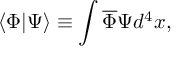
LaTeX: \langle \Phi | \Psi \rangle \equiv \int \overline { { { \Phi } } } \Psi d ^ { 4 } x ,